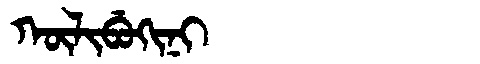
Manchu: ᡴᡡᠯᡳᠪᡠᡴᡳᠨᡳ
Romanization: KŪLIBUKINI